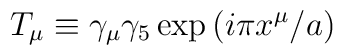
T_{\mu}\equiv \gamma_{\mu}\gamma_{5}\exp {(i\pi x^{\mu}/a)}